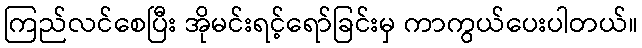
ကြည်လင်စေပြီး အိုမင်းရင့်ရော်ခြင်းမှ ကာကွယ်ပေးပါတယ်။